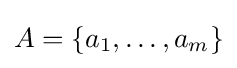
\textstyle A=\{a_{1},\ldots ,a_{m}\}